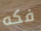
فكه